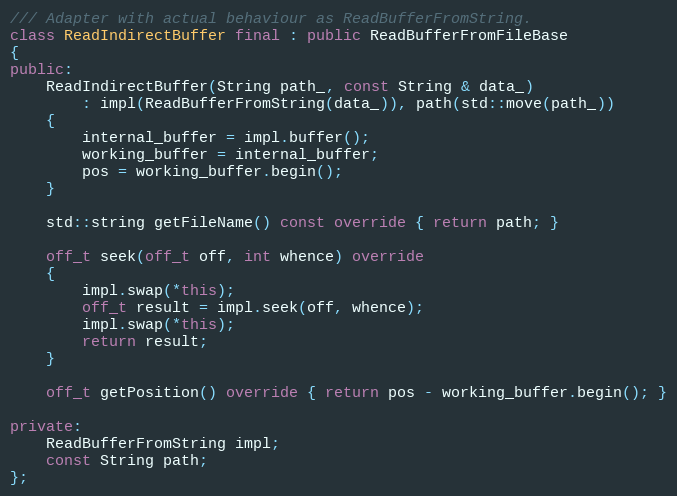
Language: C++
/// Adapter with actual behaviour as ReadBufferFromString.
class ReadIndirectBuffer final : public ReadBufferFromFileBase
{
public:
    ReadIndirectBuffer(String path_, const String & data_)
        : impl(ReadBufferFromString(data_)), path(std::move(path_))
    {
        internal_buffer = impl.buffer();
        working_buffer = internal_buffer;
        pos = working_buffer.begin();
    }

    std::string getFileName() const override { return path; }

    off_t seek(off_t off, int whence) override
    {
        impl.swap(*this);
        off_t result = impl.seek(off, whence);
        impl.swap(*this);
        return result;
    }

    off_t getPosition() override { return pos - working_buffer.begin(); }

private:
    ReadBufferFromString impl;
    const String path;
};